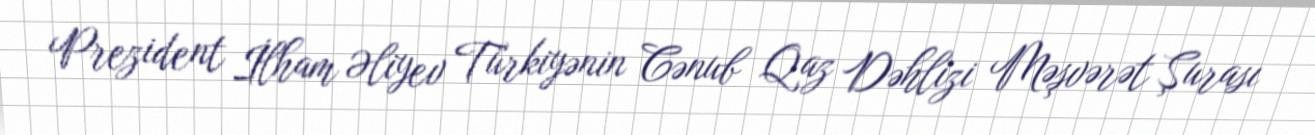
Prezident İlham Əliyev Türkiyənin Cənub Qaz Dəhlizi Məşvərət Şurası